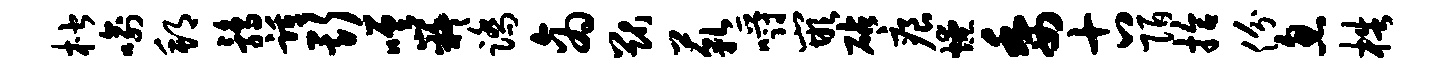
楷喻邦鹑踵斯嗟嶷踏商猷藐嚼嵌砧痕燎委古陌拾份忽梏